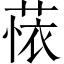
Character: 𬝗